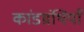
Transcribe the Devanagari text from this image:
कांडग्रंथियाँ